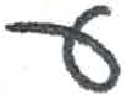
אות: ע